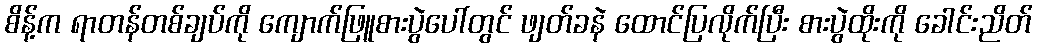
စိန့်က ရာတန်တစ်ချပ်ကို ကျောက်ဖြူစားပွဲပေါ်တွင် ဖျတ်ခနဲ ထောင်ပြလိုက်ပြီး စားပွဲထိုးကို ခေါင်းညိတ်